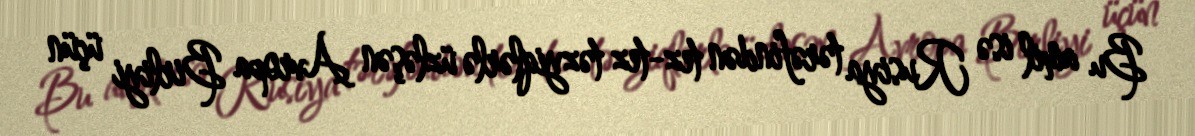
Bu amil isə Rusiya tərəfindən tez-tez təzyiqlərlə üzləşən Avropa Birliyi üçün